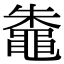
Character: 鼄